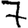
Digit: 7